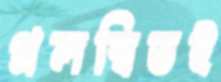
প্রলম্বিতই